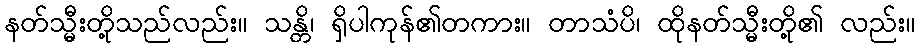
နတ်သ္မီးတို့သည်လည်း။ သန္တိ၊ ရှိပါကုန်၏တကား။ တာသံပိ၊ ထိုနတ်သ္မီးတို့၏ လည်း။